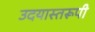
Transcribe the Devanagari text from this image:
उदयास्तरूपी